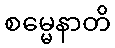
စမ္မေနာတိ